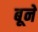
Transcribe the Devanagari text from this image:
बूने